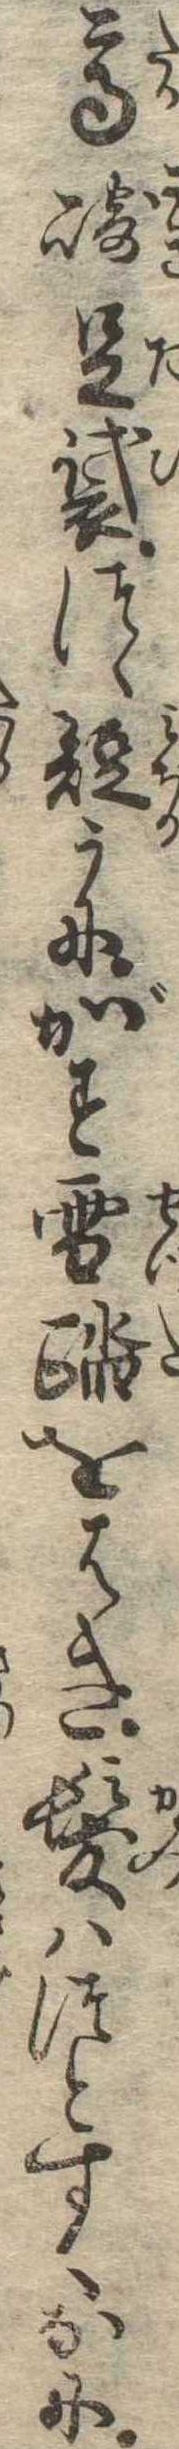
高崎足袋つゝ短かにかす雪踏をはき髪はつとすくなに